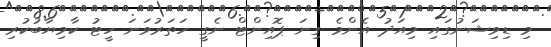
މި ޑިވިޝަނުގައި މިއަދު އެންމެ ގިނަ ޕޮއިންޓް ނެގީ ހަތަރުވަނަ ހީޓު ކާމިޔާބުކުރި